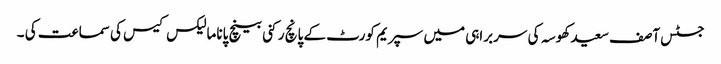
جسٹس آصف سعید کھوسہ کی سربراہی میں سپریم کورٹ کے پانچ رکنی بینچ پاناما لیکس کیس کی سماعت کی ۔